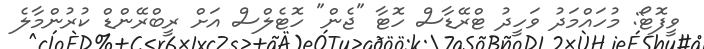
ވީފޮޓޯ: މުހައްމަދު ވަހީދު ޓްރޭޑާސް ހޮޓާ "ޖެން" ހޮޓެލްސް އަށް ރީބްރޭންޑް ކުރުންމާލެ